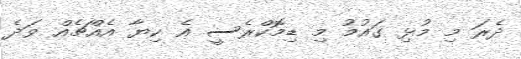
ދެރަ މި މުޅި ގައުމު މި ޑިމޮކްރެސީ އެ ކިޔާ އެއްޗެއް ވަދެ